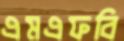
এমএফবি